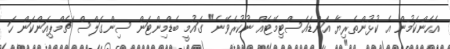
އެހެންކަމުން އެ ކުޅުންތެރިޔާ އަންޑައެސްޓިމޭޓެއް ނުކުރެވޭނެ" ގައުމީ ބެޑްމިންޓަން ސިންގަލްސް ޗެމްޕިއަންކަން ހަ